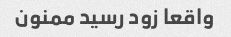
واقعا زود رسید ممنون